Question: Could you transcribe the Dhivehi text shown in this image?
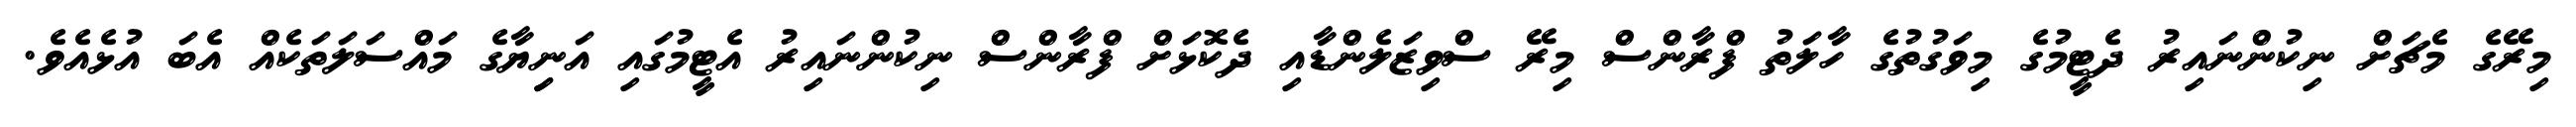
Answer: މިރޭގެ މެޗަށް ނިކުންނައިރު ދެޓީމުގެ މިވަގުތުގެ ހާލަތު ފްރާންސް މިރޭ ސްވިޒަލެންޑާއި ދެކޮޅަށް ފްރާންސް ނިކުންނައިރު އެޓީމުގައި އަނިިޔާގެ މައްސަލަތަކެއް އެބަ އުޅެއެވެ.